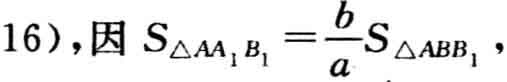
16），因 \(S_{\triangle AA_{1}B_{1}}=\frac{b}{a}S_{\triangle ABB_{1}}\)，